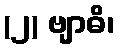
(၂) ဗျာဓိ၊